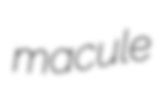
macule